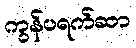
ကွန်ပရက်ဆာ